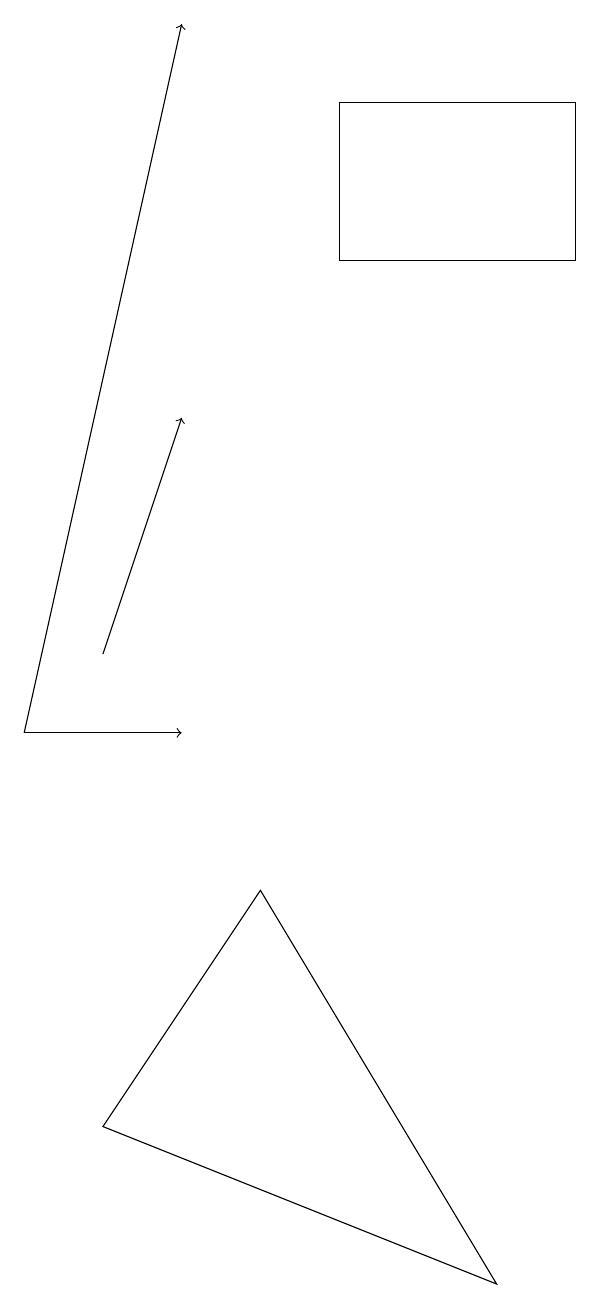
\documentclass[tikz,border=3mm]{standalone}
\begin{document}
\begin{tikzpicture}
\draw[->] (2,10) -- (4,10);
\draw[->] (3,11) -- (4,14);
\draw[->] (2,10) -- (4,19);
\draw (9,18) rectangle (6,16);
\draw (8,3) -- (3,5) -- (5,8) -- cycle;
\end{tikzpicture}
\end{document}